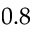
0 . 8